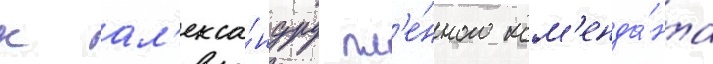
к ал'екса́ндру пл'е́нного ком'енда́нта